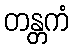
တန္တကံ